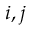
i , j